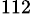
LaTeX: ^{112}